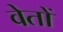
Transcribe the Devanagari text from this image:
वेतों